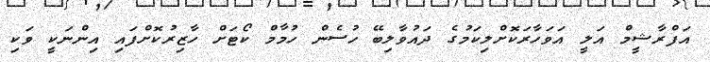
އަފްރާޝީމް އަލީ އަވަހާރަކޮށްލިކަމުގެ ދައުވާލިބޭ ހުސެން ހުމާމް ކޯޓަށް ހާޒިރުކޮށްފައި އިންނަކީ ވަކި